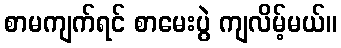
စာမကျက်ရင် စာမေးပွဲ ကျလိမ့်မယ်။